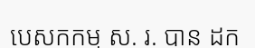
បេសកកម្ម ស. រ. បាន ដក